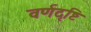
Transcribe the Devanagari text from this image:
वर्णदृष्टि